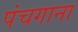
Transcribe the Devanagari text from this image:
पंचगाना